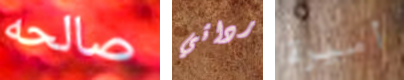
صالحه ردائي أميرة